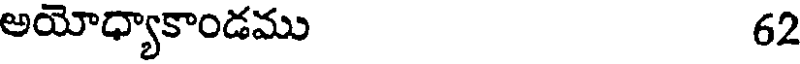
అయోధ్యాకాండము 62